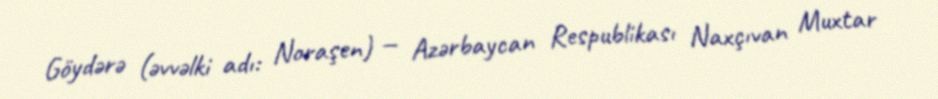
Göydərə (əvvəlki adı: Noraşen) — Azərbaycan Respublikası Naxçıvan Muxtar